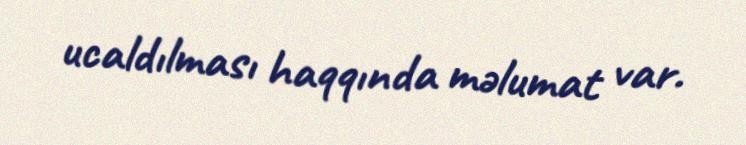
ucaldılması haqqında məlumat var.